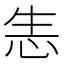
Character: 𢘡